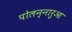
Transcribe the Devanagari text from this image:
पोलन्नारुआ